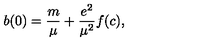
b ( 0 ) = \frac { m } { \mu } + \frac { e ^ { 2 } } { \mu ^ { 2 } } f ( c ) ,